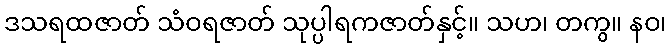
ဒသရထဇာတ် သံဝရဇာတ် သုပ္ပါရကဇာတ်နှင့်။ သဟ၊ တကွ။ နဝ၊